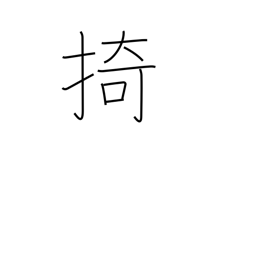
Meaning: hold back